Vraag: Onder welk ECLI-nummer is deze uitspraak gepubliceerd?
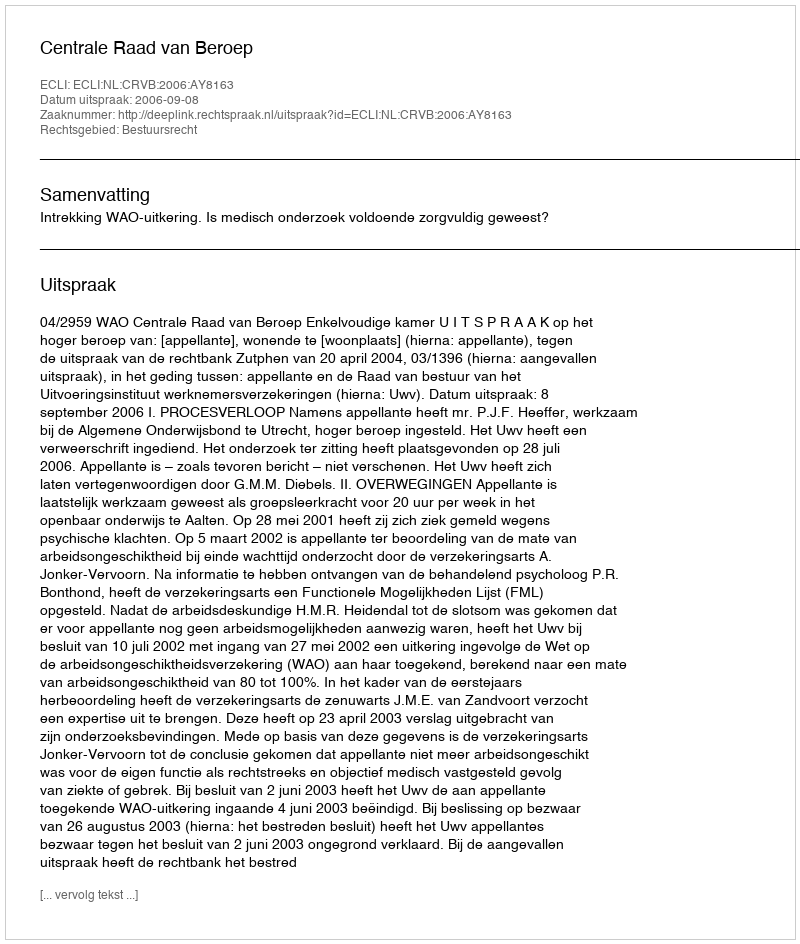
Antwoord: ECLI:NL:CRVB:2006:AY8163